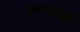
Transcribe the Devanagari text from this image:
कारभारही